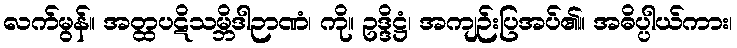
လက်မွန်။ အတ္ထပဋိသမ္ဘိဒါဉာဏံ၊ ကို။ ဥဒ္ဒိဋ္ဌံ၊ အကျဉ်းပြအပ်၏။ အဓိပ္ပါယ်ကား၊